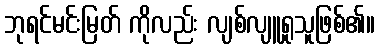
ဘုရင်မင်းမြတ် ကိုလည်း လျစ်လျူရှုသူဖြစ်၏။